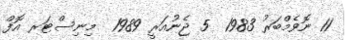
11 ނޮވެމްބަރު 1983  5 ޖެނުއަރީ 1989  މިނިސްޓަރ އޮފް